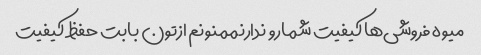
میوه فروشی‌ها کیفیت شمارو ندارنممنونم ازتون بابت حفظ کیفیت